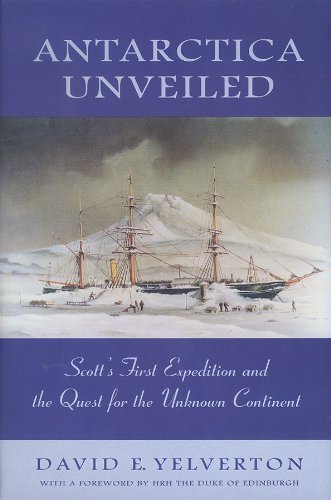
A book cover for Antarctica Unveiled: Scott's First Expedition and the Quest for the Unknown Continent; David E. Yelverton; Travel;